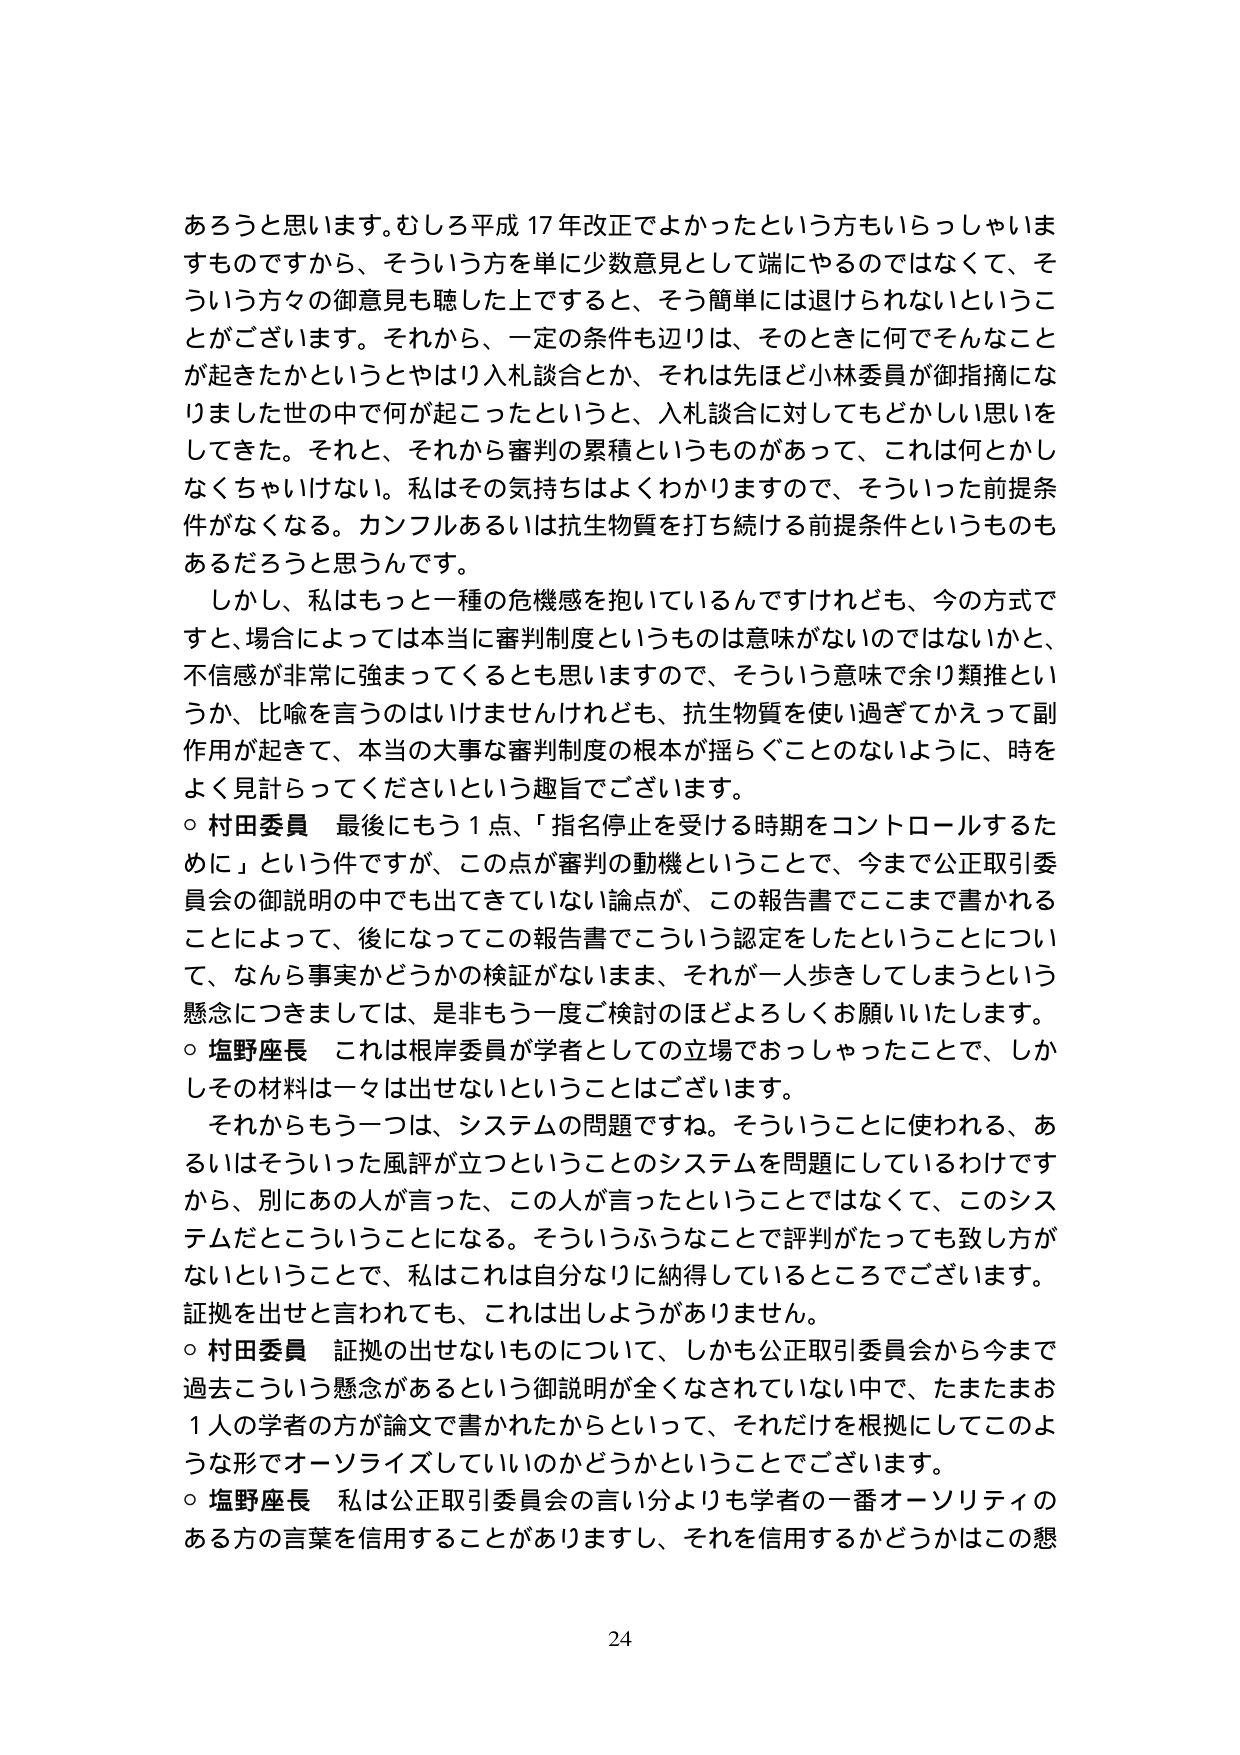
あろうと思います。むしろ平成17年改正でよかったという方もいらっしゃいますものですから、そういう方を単に少数意見として端にやるのではなくて、そういう方々の御意見も聴した上ですると、そう簡単には退けられないということがございます。それから、一定の条件も辺りは、そのときに何でそんなことが起きたかというとやはり入札談合とか、それは先ほど小林委員が御指摘になりました世の中で何が起こったというと、入札談合に対してもどかしい思いをしてきた。それと、それから審判の累積というものがあって、これは何とかしなくちゃいけない。私はその気持ちはよくわかりますので、そういった前提条件がなくなる。カンフルあるいは抗生物質を打ち続ける前提条件というものもあるだろうと思うんです。

しかし、私はもっと一種の危機感を抱いているんですけれども、今的方式ですと、場合によっては本当に審判制度というものは意味がないのではないかと、不信感が非常に強まってくるとも思いますので、そういう意味で余り類推というか、比喩を言うのはいけませんけれども、抗生物質を使い過ぎてかえって副作用が起きて、本当の大事な審判制度の根本が揺らぐことのないように、時をよく見計らってくださいという趣旨でございます。

○ 村田委員 最後にもう1点、「指名停止を受ける時期をコントロールするために」という件ですが、この点が審判の動機ということで、今まで公正取引委員会の御説明の中でも出てきていない論点が、この報告書でここまで書かれることによって、後になってこの報告書でこういう認定をしたということについて、なんら事実かどうかの検証がないまま、それが一人歩きしてしまうという懸念につきましては、是非もう一度ご検討のほどよろしくお願いいたします。

○ 塩野座長 これは根岸委員が学者としての立場でおっしゃったことで、しかしその材料は一々は出せないということはございます。

それからもう一つは、システムの問題ですね。そういうことに使われる、あるいはそういった風評が立つということのシステムを問題にしているわけですから、別にあの人が言った、この人が言ったということではなくて、このシステムだということになる。そういうふうなことで評判がたっても致し方がないということで、私はこれは自分なりに納得しているところでございます。証拠を出せと言われても、これは出しようがありません。

○ 村田委員 証拠の出せないものについて、しかも公正取引委員会から今まで過去こういう懸念があるという御説明が全くなされていない中で、たまたまお1人の学者の方が論文で書かれたからといって、それだけを根拠にしてこのような形でオーソライズしていいのかどうかということでございます。

○ 塩野座長 私は公正取引委員会の言い分よりも学者の一番オーソリティのある方の言葉を信用することがありますし、それを信用するかどうかはこの懸

24